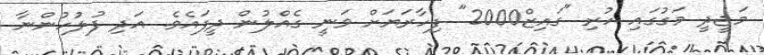
މަޖީދީ މަގުގައި ހުރި "ގައިޒް2000" ފިހާރަޔަށް ވަނީ ގެއްލުން ދީފައެވެ. އަދި ފުލުހުންނާ